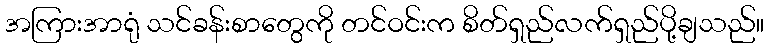
အကြားအာရုံ သင်ခန်းစာတွေကို တင်ဝင်းက စိတ်ရှည်လက်ရှည်ပို့ချသည်။